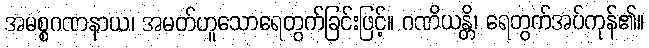
အမစ္စဂဏနာယ၊ အမတ်ဟူသောရေတွက်ခြင်းဖြင့်။ ဂဏိယန္တိ၊ ရေတွက်အပ်ကုန်၏။